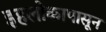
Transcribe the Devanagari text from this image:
इहलोकापासून